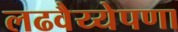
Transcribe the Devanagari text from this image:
लढवैय्येपणा